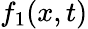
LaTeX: f_{1}(x,t)